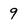
Character: 9